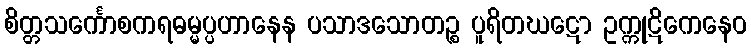
စိတ္တသင်္ကောစကရဓမ္မပ္ပဟာနေန ပသာဒသောတဉ္စ ပူရိတဃဋော ဥက္ကုဋိကေနေဝ